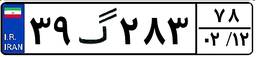
۳۹گ۲۸۳۷۸